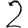
Digit: 2